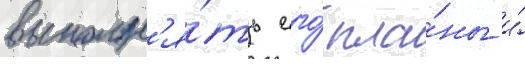
выполн'я́ть его́ пла́ны и́